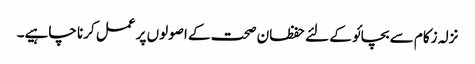
نزلہ زکام سے بچائو کے لئے حفظان صحت کے اصولوں پر عمل کرنا چاہیے۔